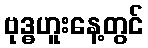
ဗုဒ္ဓဟူးနေ့တွင်